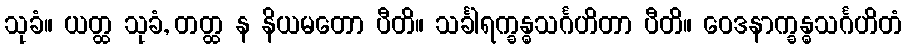
သုခံ။ ယတ္ထ သုခံ, တတ္ထ န နိယမတော ပီတိ။ သင်္ခါရက္ခန္ဓသင်္ဂဟိတာ ပီတိ။ ဝေဒနာက္ခန္ဓသင်္ဂဟိတံ